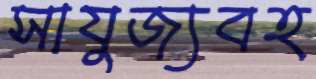
সাযুজ্যবহ